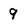
Character: 9